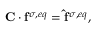
\mathbf { C } \cdot \mathbf { f } ^ { \sigma , e q } = \mathbf { \hat { f } } ^ { \sigma , e q } ,